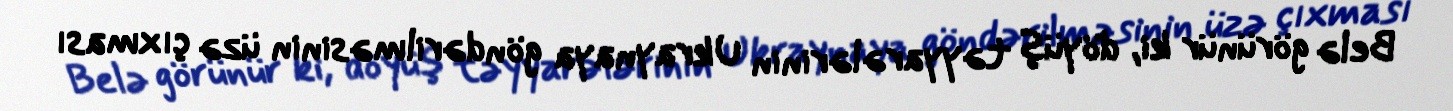
Belə görünür ki, döyüş təyyarələrinin Ukraynaya göndərilməsinin üzə çıxması